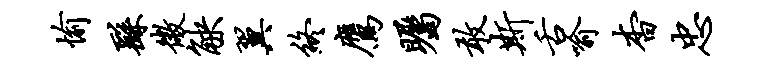
愉繇微觖翼终鹰瞩敢斯舌喻杳忠